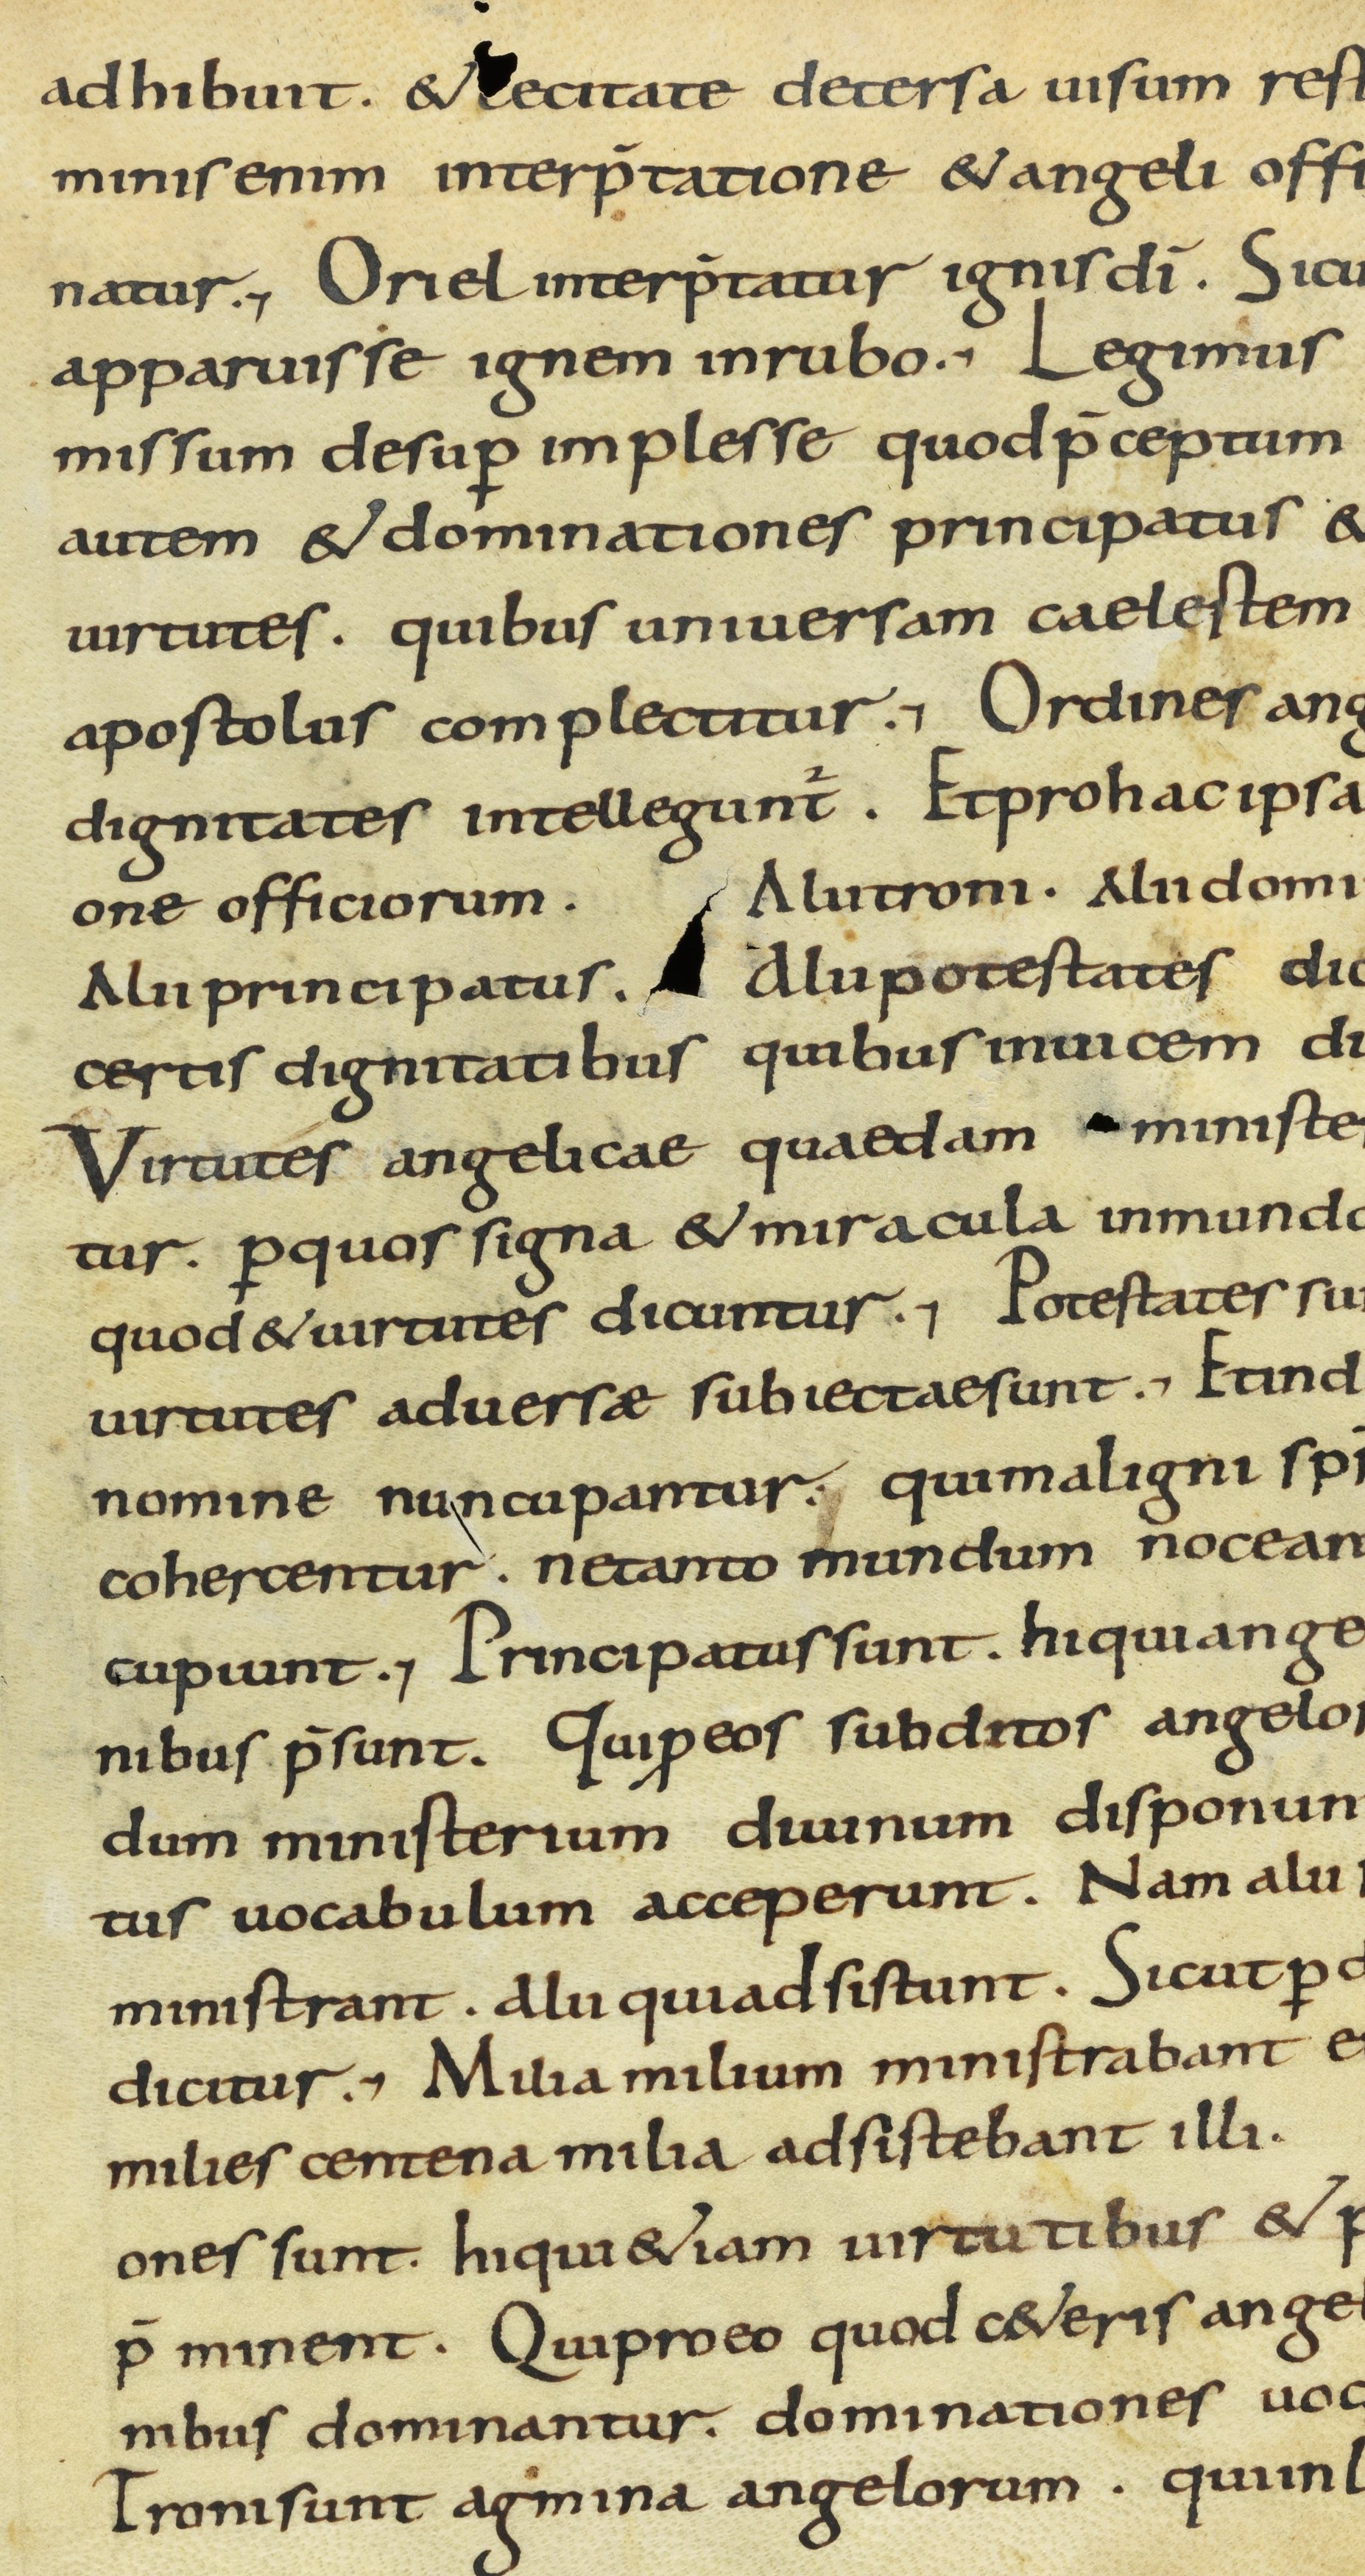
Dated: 800–830